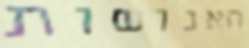
האנושות